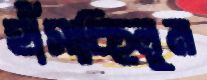
হাঁসাচ্ছিলুম